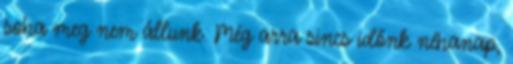
soha meg nem állunk. Még arra sincs időnk néhanap,